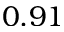
0 . 9 1